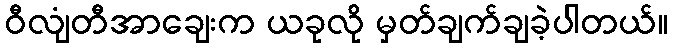
ဝီလျံတီအာချေးက ယခုလို မှတ်ချက်ချခဲ့ပါတယ်။